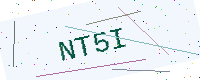
Text: NT5I